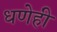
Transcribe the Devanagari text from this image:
धणेही